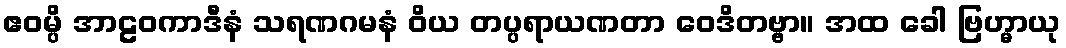
ဧဝမ္ပိ အာဠဝကာဒီနံ သရဏဂမနံ ဝိယ တပ္ပရာယဏတာ ဝေဒိတဗ္ဗာ။ အထ ခေါ ဗြဟ္မာယု